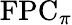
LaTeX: \mathrm{FPC}_{\pi}